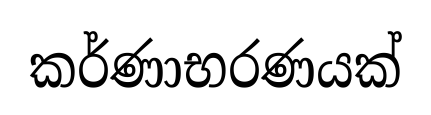
කර්ණාභරණයක්